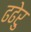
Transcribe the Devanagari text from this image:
ढढेरु